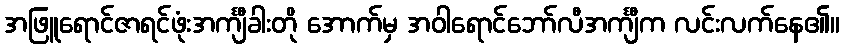
အဖြူရောင်ဇာရင်ဖုံးအင်္ကျီခါးတို အောက်မှ အဝါရောင်ဘော်လီအင်္ကျီက လင်းလက်နေ၏။